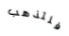
فلتذهب